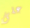
على